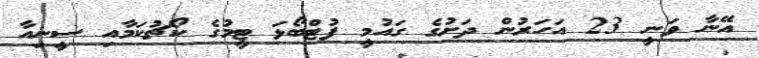
އޭނާ ވަނީ 23 އަހަރުން ދަށުގެ ގައުމީ ފުޓްބޯޅަ ޓީމުގެ ކޯޗުކަމާއި ސީނިއާ